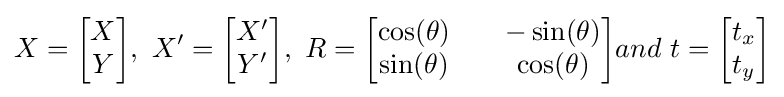
X={\begin{bmatrix}X\\Y\\\end{bmatrix}},\ X'={\begin{bmatrix}X'\\Y'\\\end{bmatrix}},\ R={\begin{bmatrix}\cos(\theta )&&-\sin(\theta )\\\sin(\theta )&&\cos(\theta )\\\end{bmatrix}}and\ t={\begin{bmatrix}t_{x}\\t_{y}\\\end{bmatrix}}